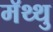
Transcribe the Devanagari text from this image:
मॅथ्थु